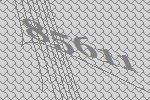
85611